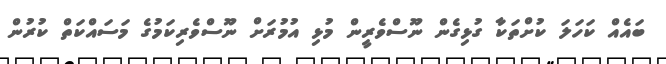
ބައެއް ކަހަލަ ކުށްތަކާ ގުޅިގެން ނޫސްވެރީން މުޅި އުމުރަށް ނޫސްވެރިކަމުގެ މަސައްކަތް ކުރުން